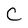
Character: C